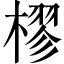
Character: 樛